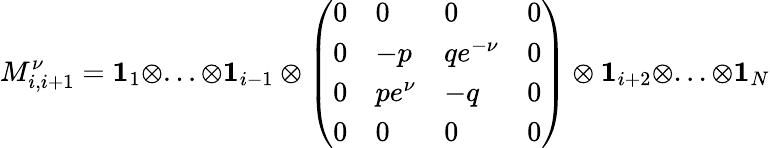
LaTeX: M_{i,i+1}^{\nu}=\mathbf{1}_{1}\otimes...\otimes\mathbf{1}_{i-1}\otimes\left(\begin{array}{llll}{0}&{0}&{0}&{0}\\ {0}&{-p}&{qe^{-\nu}}&{0}\\ {0}&{pe^{\nu}}&{-q}&{0}\\ {0}&{0}&{0}&{0}\end{array}\right)\otimes\mathbf{1}_{i+2}\otimes...\otimes\mathbf{1}_{N}